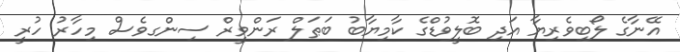
އޭނާގެ ލޯބިވެރިޔާ އަދި ބޮލީވުޑްގެ ކާމިޔާބު ބަޠަލް ރަންވީރް ސިންގވެސް މިހާރު ހުރީ